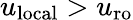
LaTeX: u_{\mathrm{local}}>u_{\mathrm{ro}}